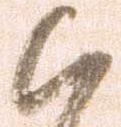
候